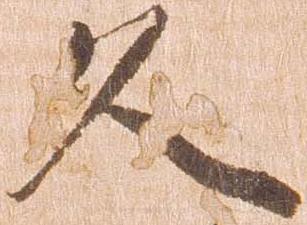
久